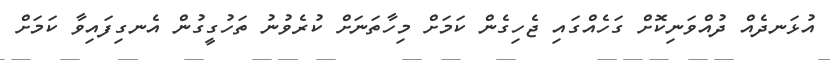
އުޅަނދެއް ދުއްވަނިކޮށް ގަހެއްގައި ޖެހިގެން ކަމަށް މިހާތަނަށް ކުރެވުނު ތަހުގީގުން އެނގިފައިވާ ކަމަށް